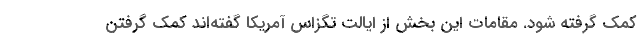
کمک گرفته شود. مقامات این بخش از ایالت تگزاس آمریکا گفته‌اند کمک گرفتن